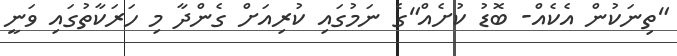
"ތިނަކުން އެކެއް- ބޮޑު ކުށެއް"ގެ ނަމުގައި ކުރިއަށް ގެންދާ މި ހަރަކާތުގައި ވަނީ